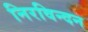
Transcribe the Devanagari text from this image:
निरविन्दन